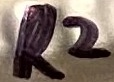
Text: R2